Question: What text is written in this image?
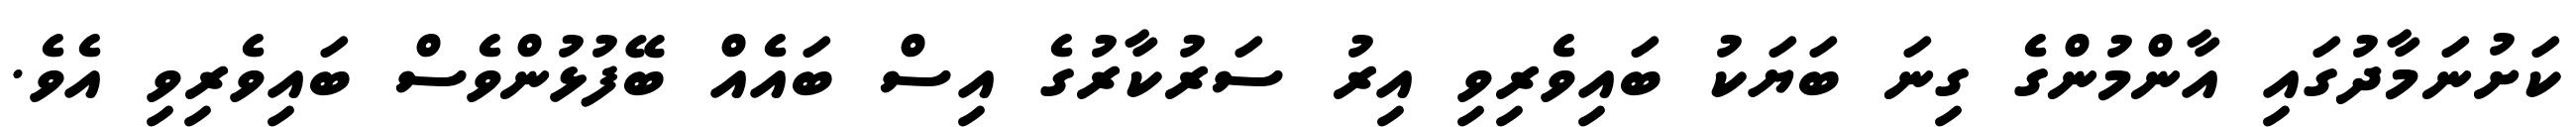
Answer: ކަށުނަމާދުގައި އާންމުންގެ ގިނަ ބަޔަކު ބައިވެރިވި އިރު ސަރުކާރުގެ އިސް ބައެއް ބޭފުޅުންވެސް ބައިވެރިވި އެވެ.